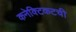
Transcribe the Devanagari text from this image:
कनेक्टिकटची